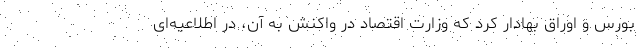
بورس و اوراق بهادار کرد که وزارت اقتصاد در واکنش به آن، در اطلاعیه‌ای